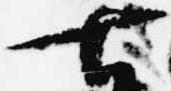
七